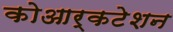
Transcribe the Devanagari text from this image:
कोआर्कटेशन